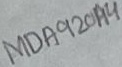
Text: MDA920A4